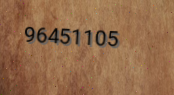
96451105